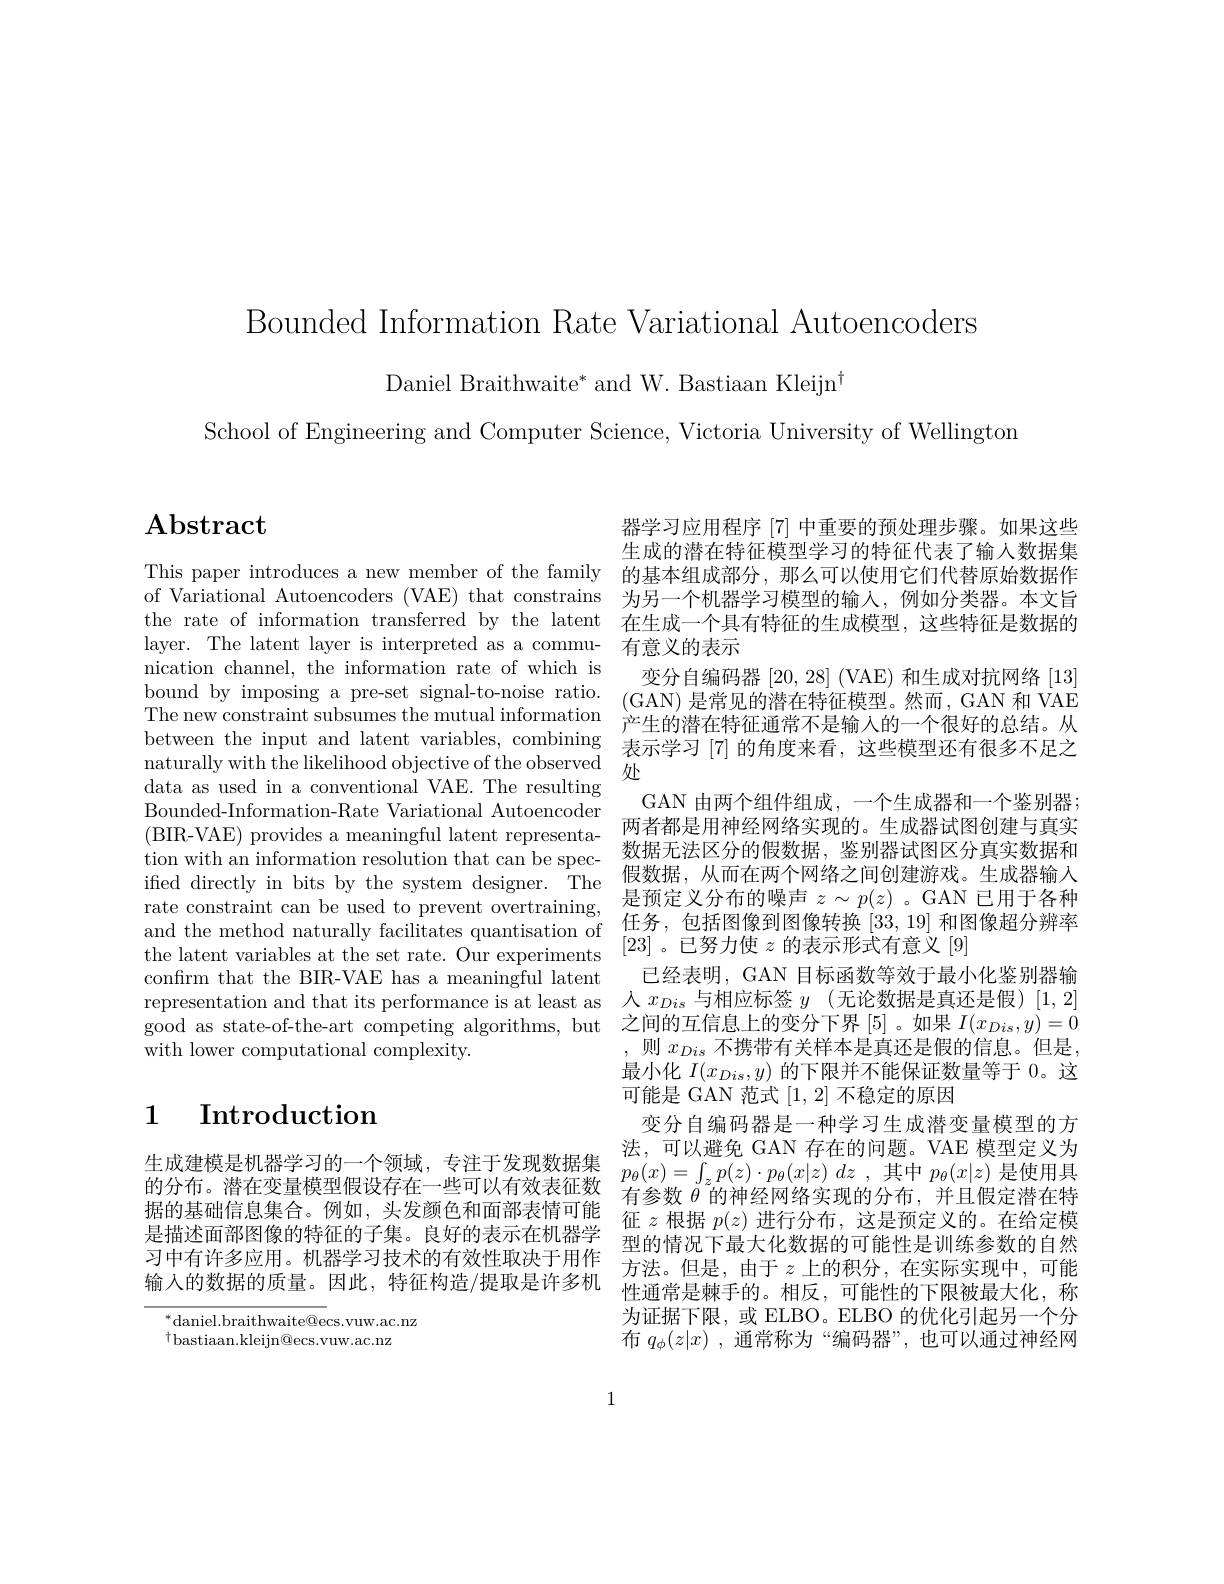
Bounded Information Rate Variational Autoencoders

Daniel Braithwaite* and W. Bastiaan Kleijn$^{\dagger}$
School of Engineering and Computer Science, Victoria University of Wellington

# $\mathbf{A}$bstract

This paper introduces a new member of the family 的基本组成部分，那么可以使用它们代替原始数据作of Variational Autoencoders (VAE) that constrains 为另一个机器学习模型的输入，例如分类器。本文旨the rate of information transferred by the latent 在生成一个具有特征的生成模型，这些特征是数据的layer. The latent layer is interpreted as a commu- 有意义的表示nication channel, the information rate of which is 有 意 义 的 表 示 bound by imposing a preset signal- to- noise ratio. ( GAN) 是 常 见 的 潜 在 特 征 模 型 。然 而 , GAN 和 VAE The new constraint subsumes the mutual informat The new constraint subsumes the mutual information 产生的潜在特征通常不是输入的一个很好的总结。从between the input and latent variables, combining 表示学习 [7] 的角度来看，这些模型还有很多不足之naturally with the likelihood objective of the observed 处
data as used in a conventional VAE. The resulting Bounded-Information-Rate Variational Autoencoder (BIR-VAE) provides a meaningful latent representation with an information resolution that can be specified directly in bits by th
rate constraint can be used to prevent overtraining,
and the method naturally facilitates quantis confirm that the BIR-VAE has a meaningful latent 已经表明，GAN 目标函数等效于最小化鉴别器输representation and that its performance is at least as 人$x_Dis$与相应标签$y$ (无论数据是真还是假) [1,2] good as state-of-the-art com with lower computational complexity.

# 1 Introduction

$^{*}$daniel.braithwaite@ecs.vuw.ac.nz
$^{\dagger}$bastiaan.kleijn@ecs.vu

器学习应用程序$\lceil7\rceil$中重要的预处理步骤。如果这些生成的潜在特征模型学习的特征代表了输人数据集GAN 由两个组件组成，一个生成器和一个鉴别器； 两者都是用神经网络实现的。生成器试图创建与真实数据无法区分的假数据，鉴别器试图区分真实数据和是预定义分布的噪声$z\sim p(z)$ 。GAN 已用于各种,则$x_{Dis}$不携带有关样本是真还是假最小化$I(x_{Dis},y)$的下限并不能保证数量等于 0。这可能是 GAN 范式[1,2] 不稳定的原因
变分自编码器是一种学习生成潜变量模型的方法，可以避免 GAN 存在的问题。VAE 模型定义为
生成建模是机器学习的一个领域，专注于发现数据集$p_\theta ( x) = \int _zp( z) \cdot p_\theta ( x| z)$ $dz$ ,其中$p_\theta(x|z)$是使用具的分布。潜在变量模型假设存在一些可以有效表征数 有参数$\theta$的神经网络实现的分布，并且假定潜在特据的基础信息集合。例如，头发颜色和面部表情可能 征$z$根据$p(z)$进行分布，这是预定义的。在给定模是 描 述 面 部 图 像 的 特 征 的 子 集 。良 好 的 表 示 在 机 器 学 型 的 情 况 下 最 大 化 数 据 的 可 能 性 是 训 练 参 数 的 自 然 习 中 有 许 多 应 用 。机 器 学 习 技 术 的 有 效 性 取 决 于 用 作 方 法 。但 是 , 由 于 $z$ 上 的 积 分 , 在 实 际 实 现 中 , 可 能 输 入 的 数 据 的 质 量 。因 此 , 特 征 构 造 / 提 取 是 许 多 机 性 通 常 是 棘 手 的 。相 反 , 可 能 性 的 下 限 被 最 大 化 , 称
为证据下限，或 ELBO。ELBO 的优化引起另一个分布$q_\phi(z|x)$,通常称为“编码器”,也可以通过神经网

1